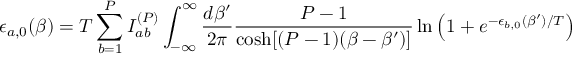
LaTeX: \epsilon _ { a , 0 } ( \beta ) = T \sum _ { b = 1 } ^ { P } { \cal I } _ { a b } ^ { ( P ) } \int _ { - \infty } ^ { \infty } \frac { d \beta ^ { \prime } } { 2 \pi } \frac { P - 1 } { \cosh [ ( P - 1 ) ( \beta - \beta ^ { \prime } ) ] } \ln \left( 1 + e ^ { - \epsilon _ { b , 0 } ( \beta ^ { \prime } ) / T } \right)